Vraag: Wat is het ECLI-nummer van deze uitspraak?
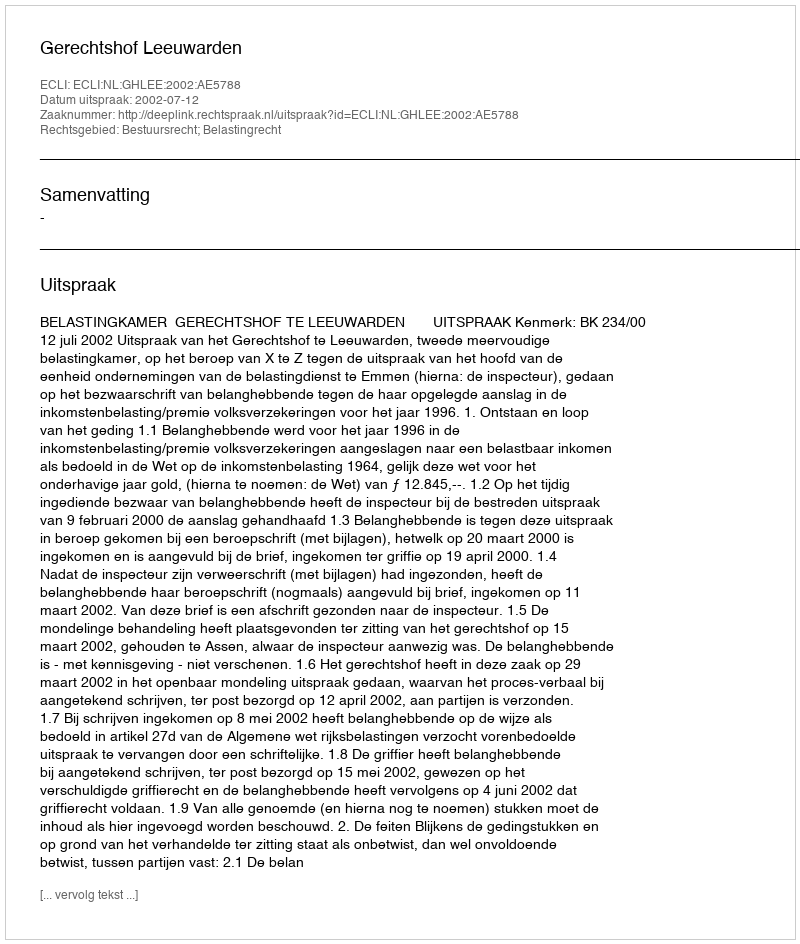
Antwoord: ECLI:NL:GHLEE:2002:AE5788